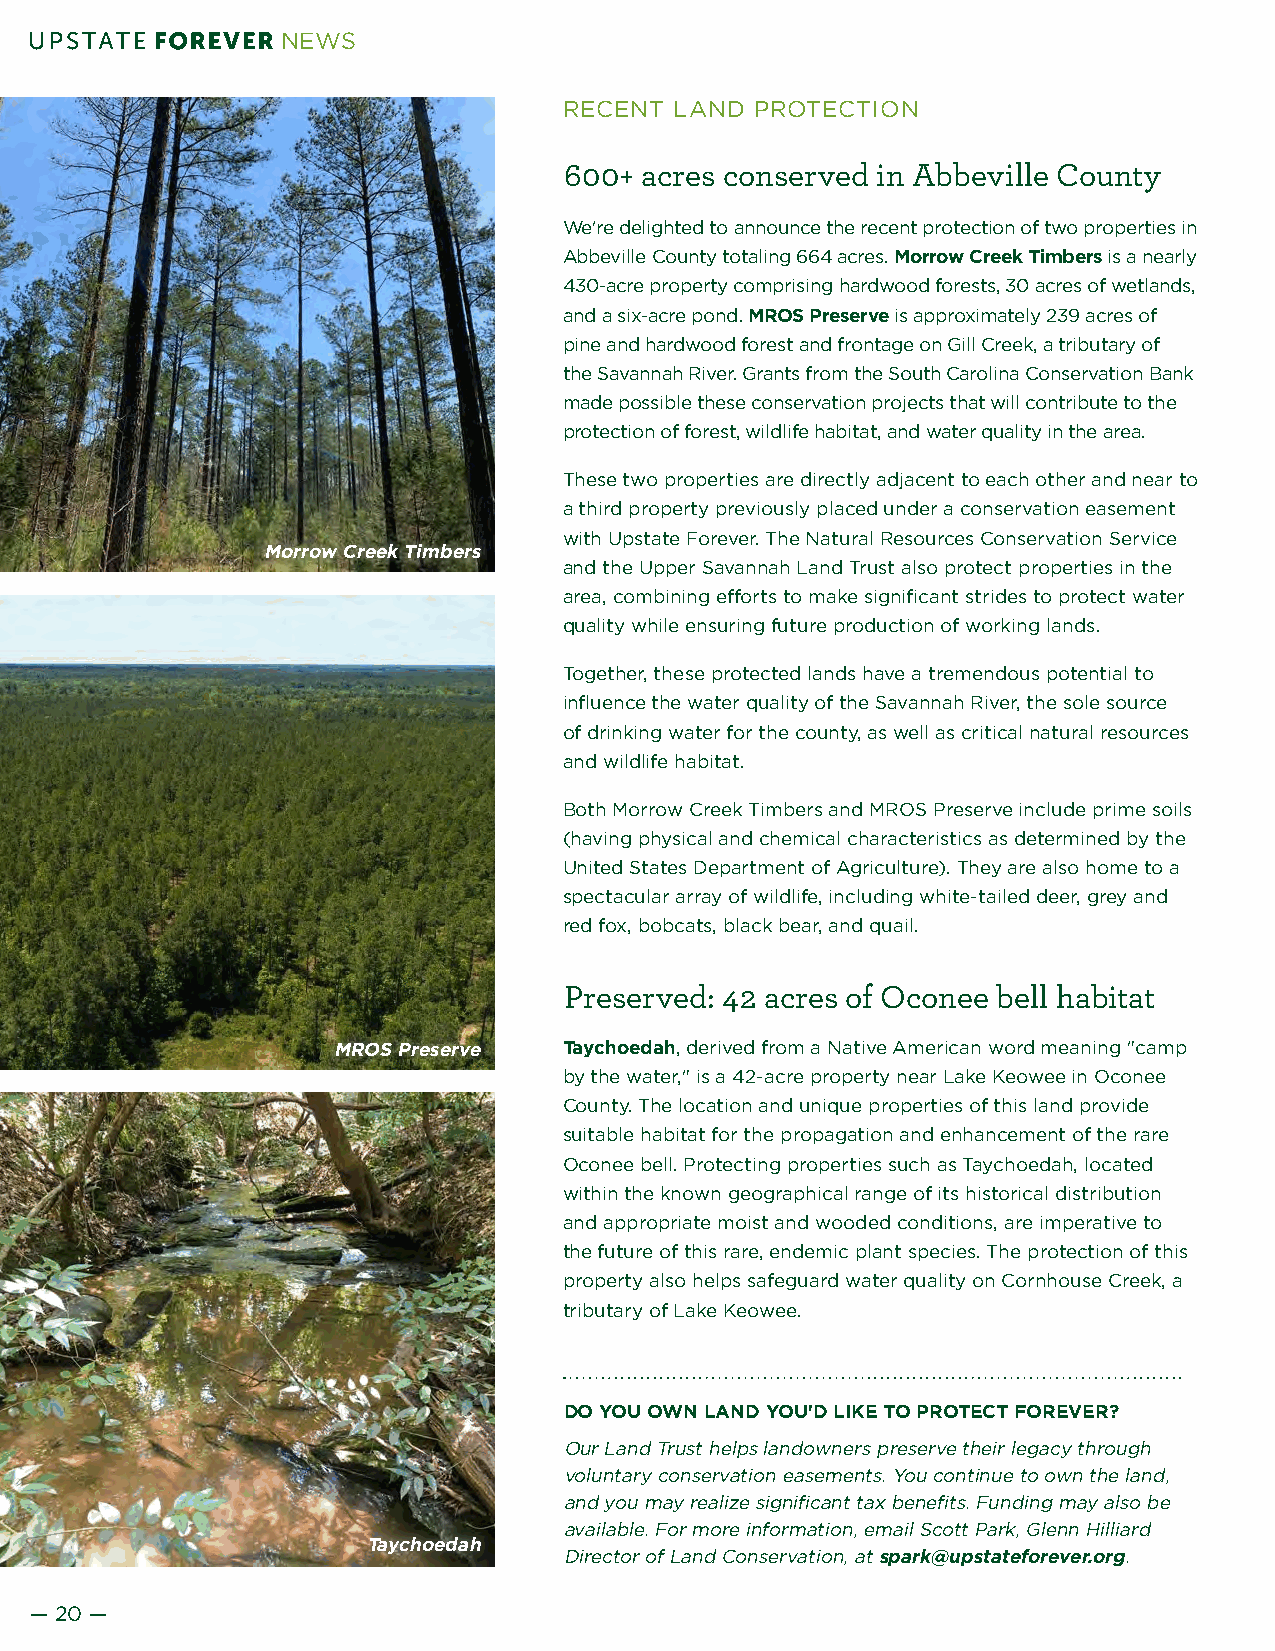
NEWS
 RECENT  LAND PROTECTION
 600+ acres conserved in Abbeville County
 We're delighted to announce the recent protection of two properties in
 Abbeville County totaling 664 acres. Morrow Creek Timbers is a nearly
 430-acre property comprising hardwood forests, 30 acres of wetlands,
 and a six-acre pond. MROS Preserve is approximately 239 acres of
 pine and hardwood forest and frontage on Gill Creek, a tributary of
 the Savannah River. Grants from the South Carolina Conservation Bank
 made possible these conservation projects that will contribute to the
 protection of forest, wildlife habitat, and water quality in the area.
 These two properties are directly adjacent to each other and near to
 a third property previously placed under a conservation easement
 with Upstate Forever. The Natural Resources Conservation Service
 Morrow Creek Timbers
 and the Upper Savannah Land Trust also protect properties in the
 area, combining efforts to make significant strides to protect water
 quality while ensuring future production of working lands.
 Together, these protected lands have a tremendous potential to
 influence the water quality of the Savannah River, the sole source
 of drinking water for the county, as well as critical natural resources
 and wildlife habitat.
 Both Morrow Creek Timbers and MROS Preserve include prime soils
 (having physical and chemical characteristics as determined by the
 United States Department of Agriculture). They are also home to a
 spectacular array of wildlife, including white-tailed deer, grey and
 red fox, bobcats, black bear, and quail.
 Preserved: 42 acres of Oconee bell habitat
 MROS Preserve  Taychoedah, derived from a Native American word meaning "camp
 by the water," is a 42-acre property near Lake Keowee in Oconee
 County. The location and unique properties of this land provide
 suitable habitat for the propagation and enhancement of the rare
 Oconee bell. Protecting properties such as Taychoedah, located
 within the known geographical range of its historical distribution
 and appropriate moist and wooded conditions, are imperative to
 the future of this rare, endemic plant species. The protection of this
 property also helps safeguard water quality on Cornhouse Creek, a
 tributary of Lake Keowee.
 DO YOU OWN LAND YOU'D LIKE TO PROTECT FOREVER?
 Our Land Trust helps landowners preserve their legacy through
 voluntary conservation easements. You continue to own the land,
 and you may realize significant tax benefits. Funding may also be
 available. For more information, email Scott Park, Glenn Hilliard
 Taychoedah
 Director of Land Conservation, at spark@upstateforever.org.
 — 20 —